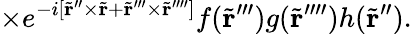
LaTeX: \times e^{-{i}[\tilde{\mathbf r}^{\prime\prime}\times\tilde{\mathbf r}+\tilde{\mathbf r}^{\prime\prime\prime}\times\tilde{\mathbf r}^{\prime\prime\prime\prime}]}f(\tilde{\mathbf r}^{\prime\prime\prime})g(\tilde{\mathbf r}^{\prime\prime\prime\prime})h(\tilde{\mathbf r}^{\prime\prime}).